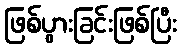
ဖြစ်ပွားခြင်းဖြစ်ပြီး